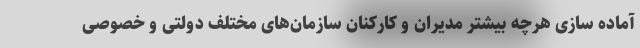
آماده سازی هرچه بیشتر مدیران و کارکنان سازمان‌های مختلف دولتی و خصوصی